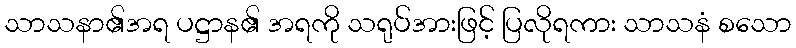
သာသနာ၏အရ ပဋ္ဌာန၏ အရကို သရုပ်အားဖြင့် ပြလိုရကား သာသနံ စသော